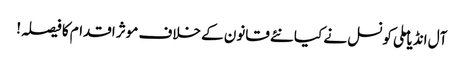
آل انڈیا ملی کونسل نے کیا نئے قانون کے خلاف موثر اقدام کا فیصلہ!